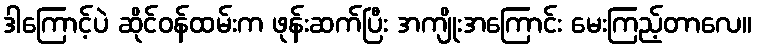
ဒါကြောင့်ပဲ ဆိုင်ဝန်ထမ်းက ဖုန်းဆက်ပြီး အကျိုးအကြောင်း မေးကြည့်တာလေ။